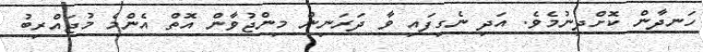
ހަނދާން ކޮށްދިނުމެވެ. އަދި ނެގިފައި ވާ ދަރަނިން މިންޖުވާން އޮތް އެންމެ މުޖައްރިބު